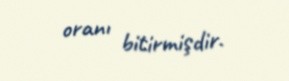
oranı bitirmişdir.